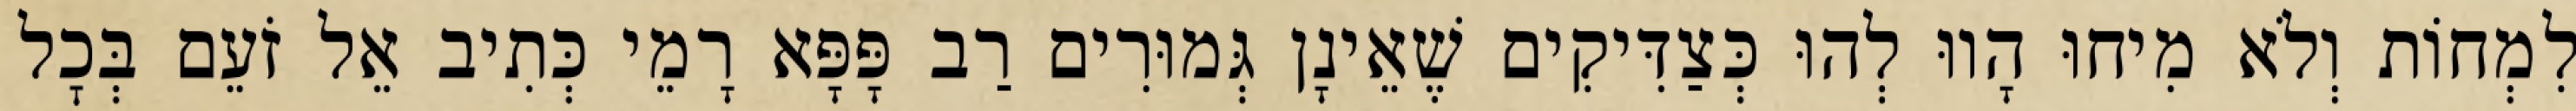
לִמְחוֹת וְלֹא מִיחוּ הָווּ לְהוּ כְּצַדִּיקִים שֶׁאֵינָן גְּמוּרִים רַב פָּפָּא רָמֵי כְּתִיב אֵל זֹעֵם בְּכׇל